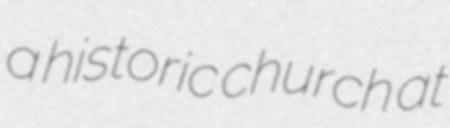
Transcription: a historic church at